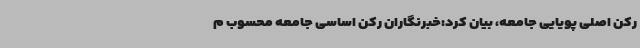
رکن اصلی پویایی جامعه، بیان کرد:خبرنگاران رکن اساسی جامعه محسوب م